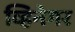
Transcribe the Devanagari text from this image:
व्हिनेगर